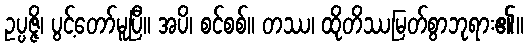
ဥပ္ပဇ္ဇိ၊ ပွင့်တော်မူပြီ။ အပိ၊ စင်စစ်။ တဿ၊ ထိုတိဿမြတ်စွာဘုရား၏။